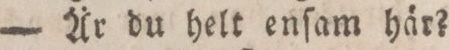
— Är du helt enſam här?